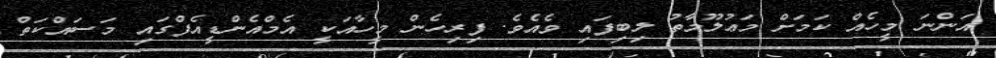
އަންނަ މީހެއް ކަމަށް މަޢުލޫމާތު ލިބިފައި ވެއެވެ. ފިިރިހެން މީހާއަކީ އެމްއެންޑީއެފްގައި މަސައްކަތް